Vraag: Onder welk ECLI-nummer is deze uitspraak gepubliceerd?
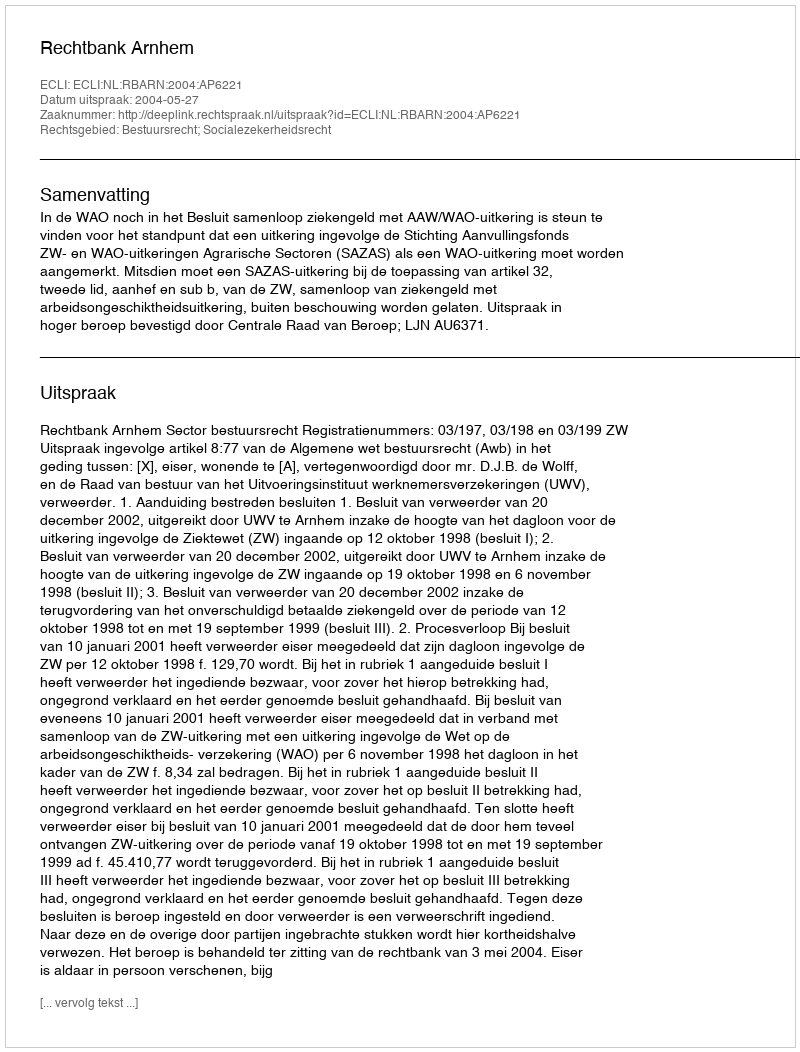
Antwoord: ECLI:NL:RBARN:2004:AP6221